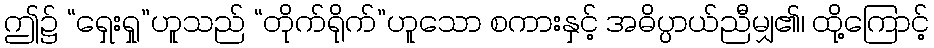
ဤ၌ “ရှေးရှု”ဟူသည် “တိုက်ရိုက်”ဟူသော စကားနှင့် အဓိပ္ပာယ်ညီမျှ၏၊ ထို့ကြောင့်